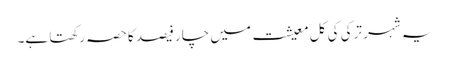
یہ شہر ترکی کی کل معیشت میں چار فیصد کا حصہ رکھتا ہے۔